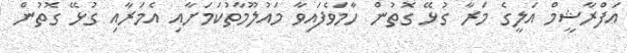
އަފްރާޝީމް އަލީގެ މަރާ ގުޅޭ ގޮތުން ހާމަވެފައިވާ މައުލޫމާތުކަމަށާއި އެމަރާއި ގުޅޭ ގޮތުން